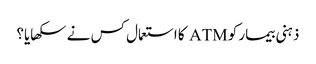
ذہنی بیمار کو ATM کا استعمال کس نے سکھایا؟